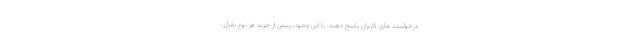
درخواست های کاربران پاسخ دهند. با این وجود، پیش از خرید هر نوع رمزارز،